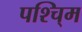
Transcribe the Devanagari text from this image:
पश्चि्म